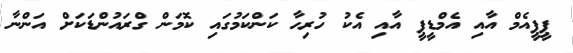
ޕީޕީއެމް އާއި އެމްޑީޕީ އާއި އެކު ހުރިހާ ކަންކަމުގައި ކޮމަން ގްރައުންޑަކަށް އަންނާ